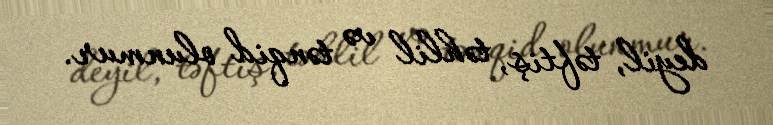
deyil, təftiş, təhlil və tənqid olunmur.